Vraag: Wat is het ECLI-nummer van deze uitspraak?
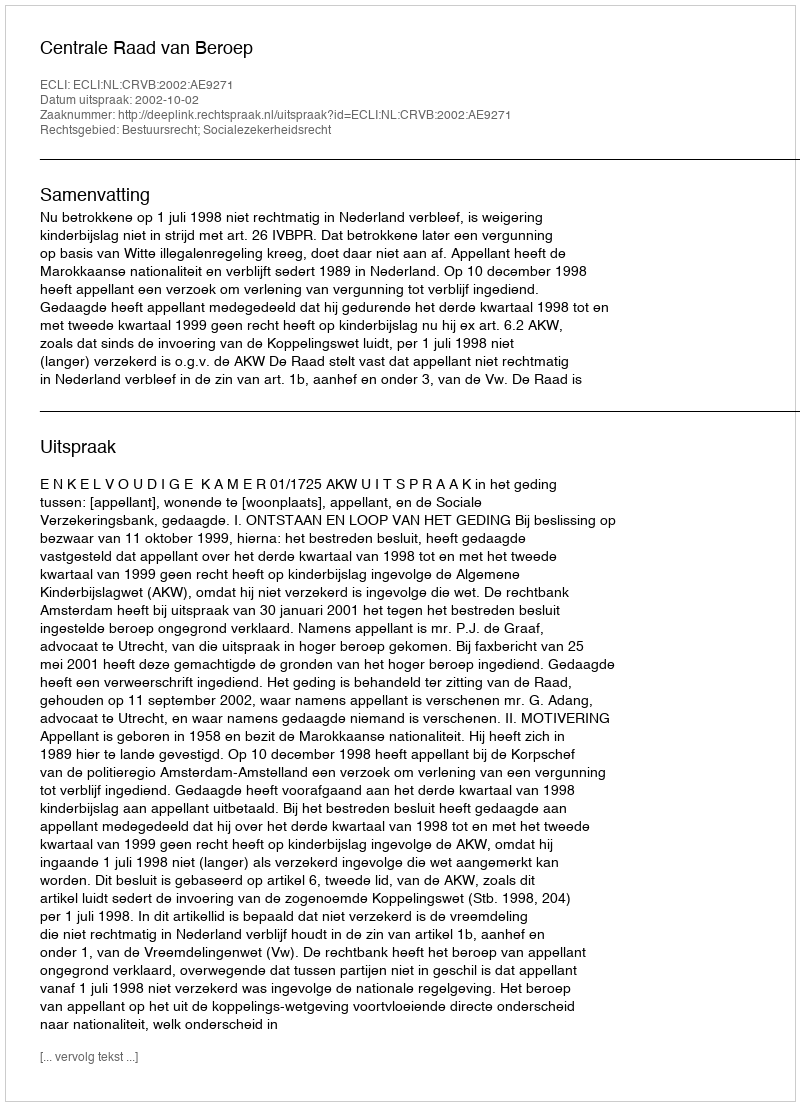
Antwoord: ECLI:NL:CRVB:2002:AE9271